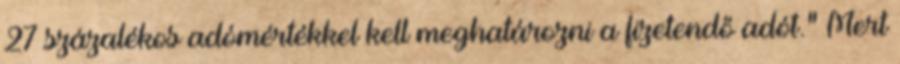
27 százalékos adómértékkel kell meghatározni a fizetendő adót." Mert